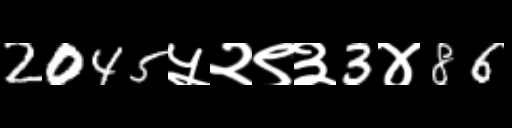
Text: 2045५२९३3४86